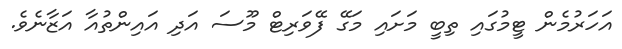
އަހަރުމެން ޓީމުގައި ތިބީ މަށައި މަގޭ ފޭވަރިޓް މޫސަ އަދި އައިންތުއާ އަޒާނެވެ.